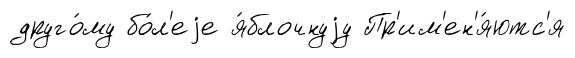
друго́му бо́л'еjе я́блочнуjу Пр'им'ен'я́ютс'я